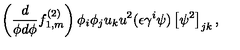
\left( \frac { d } { \phi d \phi } f _ { 1 , m } ^ { ( 2 ) } \right) \phi _ { i } \phi _ { j } u _ { k } u ^ { 2 } ( \epsilon \gamma ^ { i } \psi ) \left[ \psi ^ { 2 } \right] _ { j k } ,